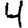
Digit: 4